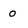
Character: o